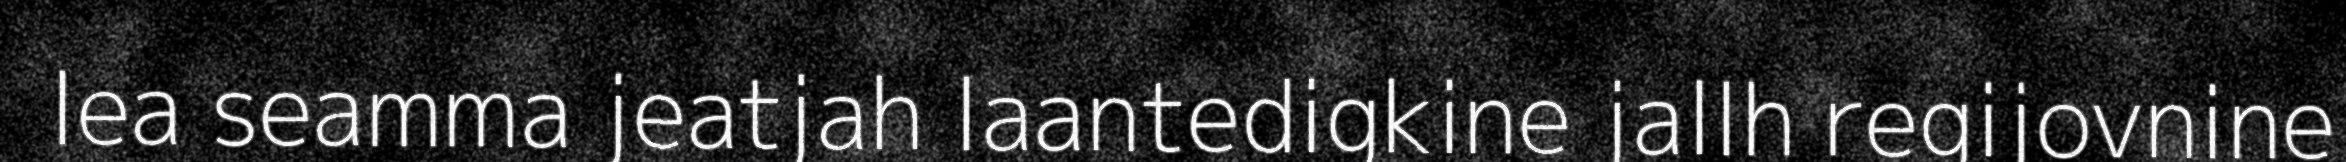
lea seamma jeatjah laantedigkine jallh regijovnine